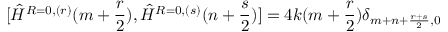
[ \hat { H } ^ { R = 0 , ( r ) } ( m + \frac { r } { 2 } ) , \hat { H } ^ { R = 0 , ( s ) } ( n + \frac { s } { 2 } ) ] = 4 k ( m + \frac { r } { 2 } ) \delta _ { m + n + \frac { r + s } { 2 } , 0 }